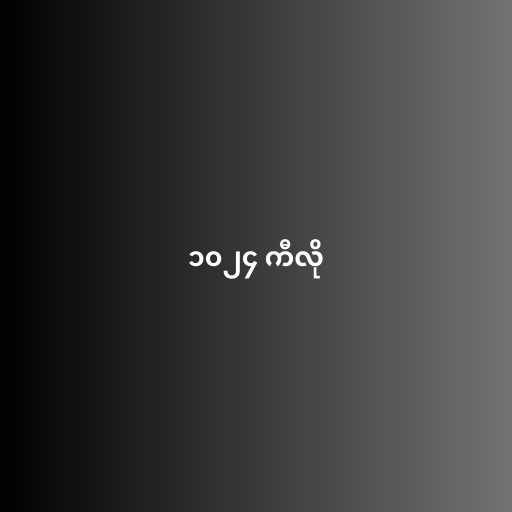
၁၀၂၄ ကီလို